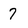
Character: 7